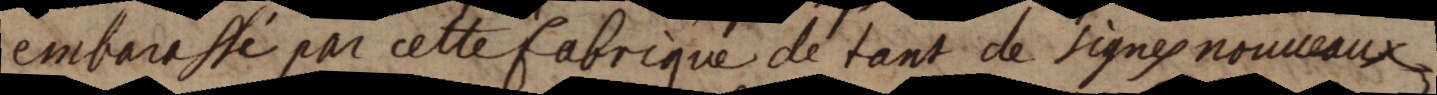
embarassé par cette fabrique de tant de signes nouveaux,